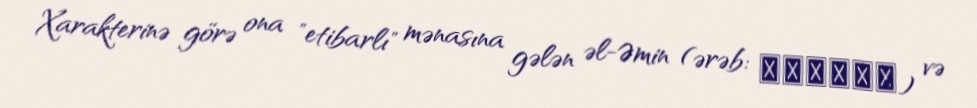
Xarakterinə görə ona "etibarlı" mənasına gələn əl-Əmin (ərəb: الامين) və